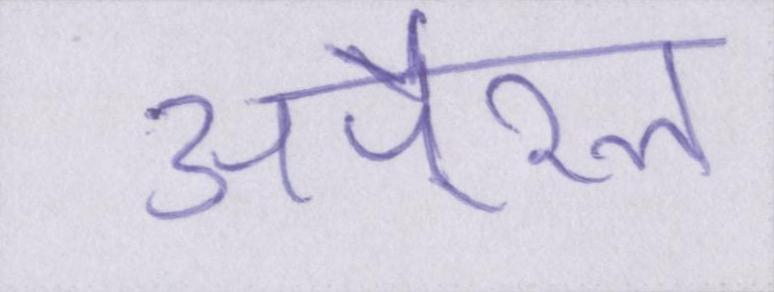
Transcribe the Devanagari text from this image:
अपै्रल